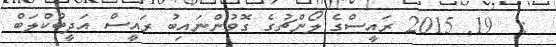
:  19